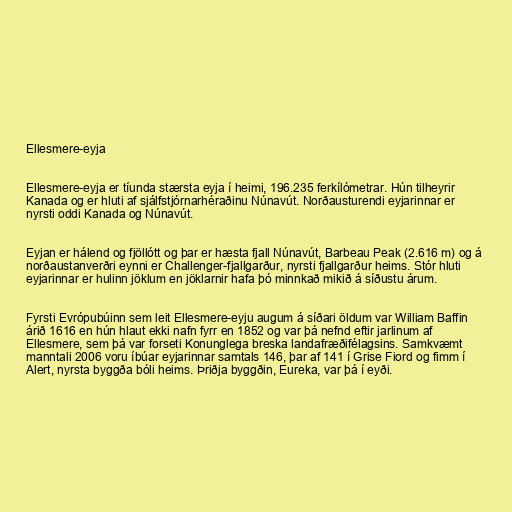
Ellesmere-eyja

Ellesmere-eyja er tíunda stærsta eyja í heimi, 196.235 ferkílómetrar. Hún tilheyrir
Kanada og er hluti af sjálfstjórnarhéraðinu Núnavút. Norðausturendi eyjarinnar er
nyrsti oddi Kanada og Núnavút.

Eyjan er hálend og fjöllótt og þar er hæsta fjall Núnavút, Barbeau Peak (2.616 m) og á
norðaustanverðri eynni er Challenger-fjallgarður, nyrsti fjallgarður heims. Stór hluti
eyjarinnar er hulinn jöklum en jöklarnir hafa þó minnkað mikið á síðustu árum.

Fyrsti Evrópubúinn sem leit Ellesmere-eyju augum á síðari öldum var William Baffin
árið 1616 en hún hlaut ekki nafn fyrr en 1852 og var þá nefnd eftir jarlinum af
Ellesmere, sem þá var forseti Konunglega breska landafræðifélagsins. Samkvæmt
manntali 2006 voru íbúar eyjarinnar samtals 146, þar af 141 í Grise Fiord og fimm í
Alert, nyrsta byggða bóli heims. Þriðja byggðin, Eureka, var þá í eyði.